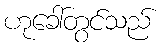
ဟုခေါ်တွင်သည်